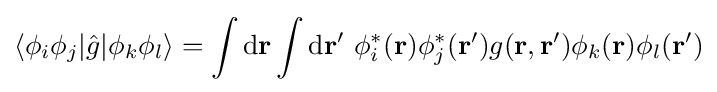
\langle \phi _{i}\phi _{j}|{\hat {g}}|\phi _{k}\phi _{l}\rangle =\int \mathrm {d} \mathbf {r} \int \mathrm {d} \mathbf {r} '\ \phi _{i}^{*}(\mathbf {r} )\phi _{j}^{*}(\mathbf {r} ')g(\mathbf {r} ,\mathbf {r} ')\phi _{k}(\mathbf {r} )\phi _{l}(\mathbf {r} ')